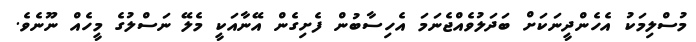
މުސްލިމަކު އެހެންދީނަކަށް ބަދަލުވެއްޖެނަމަ އެހިސާބުން ފެށިގެން އޭނާއަކީ މެލޭ ނަސްލުގެ މީހެއް ނޫނެވެ.